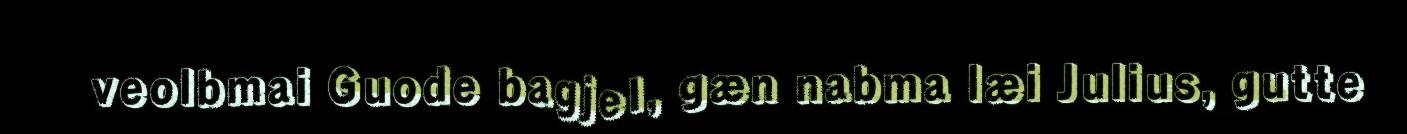
veolbmai Guode bagjel, gæn nabma læi Julius, gutte